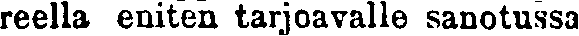
reella eniten tarjoavalle sanotussa